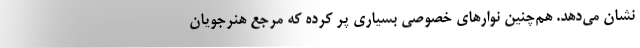
نشان می‌دهد. هم‌چنین نوارهای خصوصی بسیاری پر کرده که مرجع هنرجویان